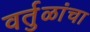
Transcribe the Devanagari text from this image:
वर्तुळांचा